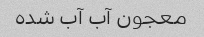
معجون آب آب شده